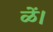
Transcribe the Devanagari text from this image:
ळें।